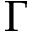
\Gamma